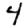
Digit: 4